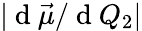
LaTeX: |\mathrm{~d~}\vec{\mu}/\mathrm{~d~}Q_{2}|